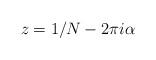
LaTeX: \begin{align*}z= 1/N-2\pi i\alpha\end{align*}